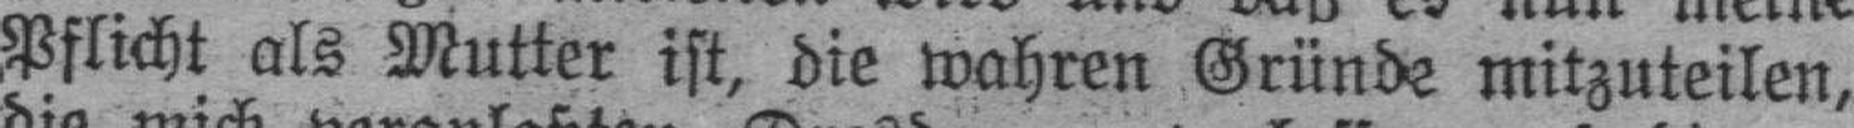
Pflicht als Mutter ist, die wahren Gründe mitzuteilen,